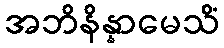
အဘိနိန္နာမေသိံ